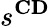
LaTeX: s^{\mathbf{CD}}